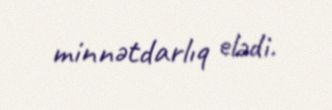
minnətdarlıq elədi.